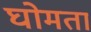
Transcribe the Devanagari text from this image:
घोमता